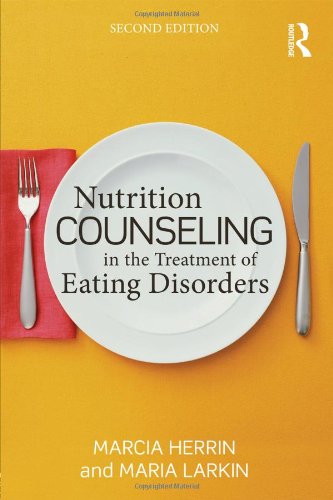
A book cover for Nutrition Counseling in the Treatment of Eating Disorders; Marcia Herrin; Health, Fitness & Dieting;